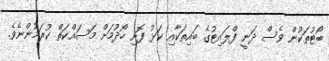
ބޯޓުތަކުން ވެސް ދަނީ ފްލައިޓުގެ ބައިތަކާއި ކަޅު ފޮށި ހޯދުމަށް މަސައްކަތް ކުރަމުންނެވެ.